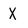
Character: X